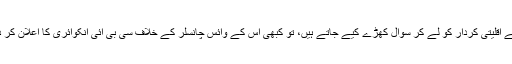
کبھی اس کے اقلیتی کردار کو لے کر سوال کھڑے کیے جاتے ہیں، تو کبھی اس کے وائس چانسلر کے خلاف سی بی آئی انکوائری کا اعلان کر دیا جاتا ہے۔